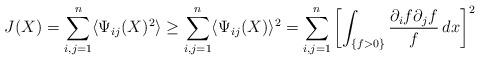
LaTeX: \begin{align*} J(X) = \sum_{i,j=1}^n \langle\Psi_{ij}(X)^2\rangle \ge \sum_{i,j=1}^n \langle\Psi_{ij}(X)\rangle^2 = \sum_{i,j=1}^n \left[\int_{\{f>0\}} \frac{\partial_i f\partial_j f}f \, dx\right]^2 \end{align*}